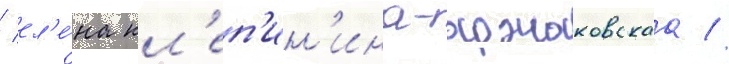
/ ел'е́на кл'еп'ин'ина-аржаковскаа //